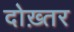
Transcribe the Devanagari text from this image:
दोख़्तर